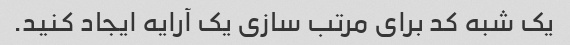
یک شبه کد برای مرتب سازی یک آرایه ایجاد کنید.